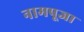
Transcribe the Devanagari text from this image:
नामपूजा